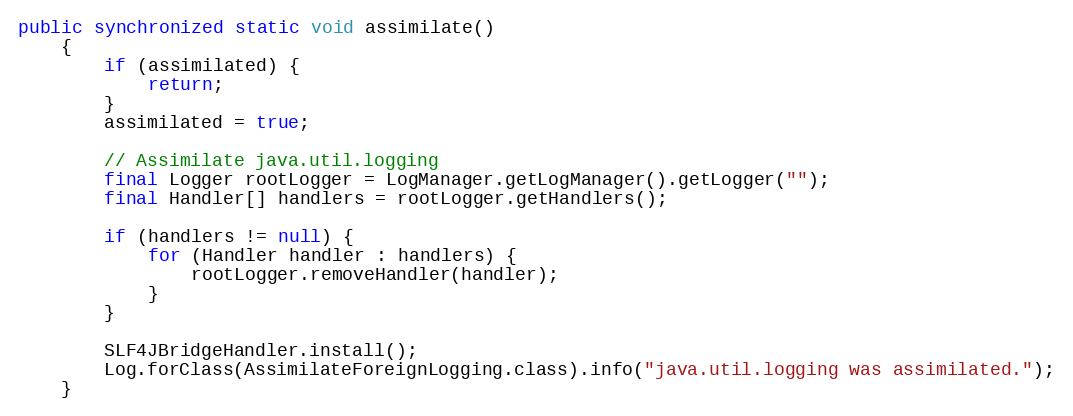
Language: Java
public synchronized static void assimilate()
    {
        if (assimilated) {
            return;
        }
        assimilated = true;

        // Assimilate java.util.logging
        final Logger rootLogger = LogManager.getLogManager().getLogger("");
        final Handler[] handlers = rootLogger.getHandlers();

        if (handlers != null) {
            for (Handler handler : handlers) {
                rootLogger.removeHandler(handler);
            }
        }

        SLF4JBridgeHandler.install();
        Log.forClass(AssimilateForeignLogging.class).info("java.util.logging was assimilated.");
    }